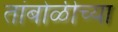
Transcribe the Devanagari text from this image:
तांबोळीच्या